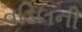
વડિલની